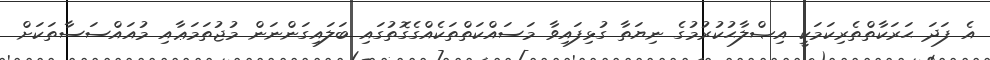
އެ ފަދަ ޙަރަކާތްތެރިކަމަކީ އިޞްލާޙުކުރުމުގެ ނިޔަތާ ގުޅިފައިވާ މަސައްކަތްތަކެއްގެގޮތުގައި ބަލައިގަންނަން މުޖުތަމަޢާއި މުއައްސަސާތަކަށް